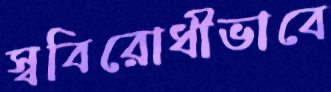
স্ববিরোধীভাবে